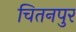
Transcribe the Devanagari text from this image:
चितनपुर